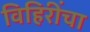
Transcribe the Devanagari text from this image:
विहिरींचा